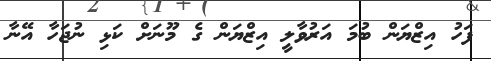
ފަހު އިޒްޔަން ބުމަ އަރުވާލީ އިޒްޔަން ގެ މޫނަށް ކަޅި ނުޖަހާ އޭނާ